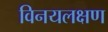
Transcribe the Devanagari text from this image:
विनयलक्षण